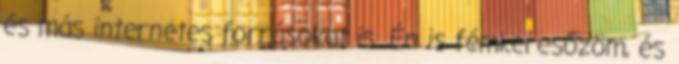
és más internetes forrásokat is. Én is fémkeresőzöm, és